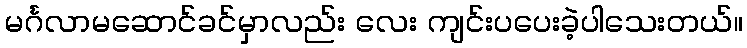
မင်္ဂလာမဆောင်ခင်မှာလည်း လေး ကျင်းပပေးခဲ့ပါသေးတယ်။